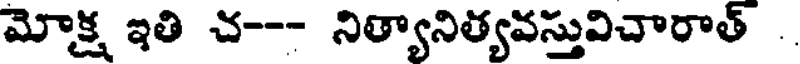
మోక్ష ఇతి చ--- నిత్యానిత్యవస్తువిచారాత్ .